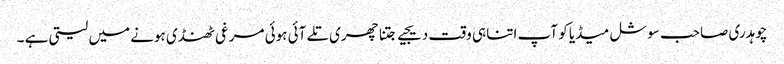
چوہدری صاحب سوشل میڈیا کو آپ اتنا ہی وقت دیجیے جتنا چھری تلے آئی ہوئی مرغی ٹھنڈی ہونے میں لیتی ہے ۔